Lunatic asylums in Bengal annual reports 1888-1898 - 1888-1898
Year: 1888
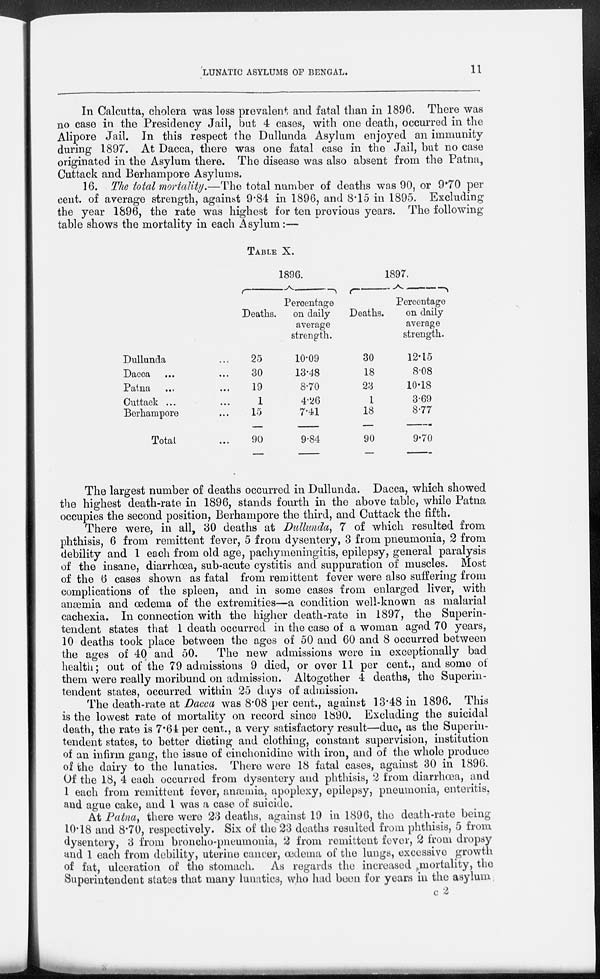
LUNATIC ASYLUMS OF BENGAL.
11
In Calcutta, cholera was less prevalent and fatal than in 1896. There was
no case in the Presidency Jail, but 4 cases, with one death, occurred in the
Alipore Jail. In this respect the Dullunda Asylum enjoyed an immunity
during 1897. At Dacca, there was one fatal case in the Jail, but no case
originated in the Asylum there. The disease was also absent from the Patna,
Cuttack and Berhampore Asylums.
16. The total mortality.—The total number of deaths was 90, or 9.70 per
cent. of average strength, against 9.84 in 1896, and 8.15 in 1895. Excluding
the year 1896, the rate was highest for ten previous years. The following
table shows the mortality in each Asylum:—
TABLE X.
Dullunda ...
Dacca ...
Patna ...
Cuttack ...
Berhampore ...
Total ...
1896.
Deaths.
25
30
19
1
15
90
Percentage
on daily
average
strength.
10.09
13.48
8.70
4.26
7.41
9.84
1897.
Deaths.
30
18
23
1
18
90
Percentage
on daily
average
strength.
12.15
8.08
10.18
3.69
8.77
9.70
The largest number of deaths occurred in Dullunda. Dacca, which showed
the highest death-rate in 1896, stands fourth in the above table, while Patna
occupies the second position, Berhampore the third, and Cuttack the fifth.
There were, in all, 30 deaths at Dullunda, 7 of which resulted from
phthisis, 6 from remittent fever, 5 from dysentery, 3 from pneumonia, 2 from
debility and 1 each from old age, pachymeningitis, epilepsy, general paralysis
of the insane, diarrhœa, sub-acute cystitis and suppuration of muscles. Most
of the 6 cases shown as fatal from remittent fever were also suffering from
complications of the spleen, and in some cases from enlarged liver, with
anæmia and œdema of the extremities—a condition well-known as malarial
cachexia. In connection with the higher death-rate in 1897, the Superin-
tendent states that 1 death occurred in the case of a woman aged 70 years,
10 deaths took place between the ages of 50 and 60 and 8 occurred between
the ages of 40 and 50.
The new admissions were in exceptionally bad
health; out of the 79 admissions 9 died, or over 11 per cent., and some of
them were really moribund on admission. Altogether 4 deaths, the Superin-
tendent states, occurred within 25 days of admission.
The death-rate at Dacca was 8.08 per cent., against 13.48 in 1896. This
is the lowest rate of mortality on record since 1890. Excluding the suicidal
death, the rate is 7.64 per cent., a very satisfactory result—due, as the Superin-
tendent states, to better dieting and clothing, constant supervision, institution
of an infirm gang, the issue of cinchonidine with iron, and of the whole produce
of the dairy to the lunatics. There were 18 fatal cases, against 30 in 1896.
Of the 18, 4 each occurred from dysentery and phthisis, 2 from diarrhœa, and
1 each from remittent fever, anæmia, apoplexy, epilepsy, pneumonia, enteritis,
and ague cake, and 1 was a case of suicide.
At Patna, there were 23 deaths, against 19 in 1896, the death-rate being
10.18 and 8.70, respectively. Six of the 23 deaths resulted from phthisis, 5 from
dysentery, 3 from broncho-pneumonia, 2 from remittent fever, 2 from dropsy
and 1 each from debility, uterine cancer, œdema of the lungs, excessive growth
of fat, ulceration of the stomach. As regards the increased mortality, the
Superintendent states that many lunatics, who had been for years in the asylum
C
2